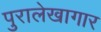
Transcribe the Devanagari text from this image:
पुरालेखागार